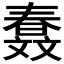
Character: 𣁤